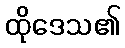
ထိုဒေသ၏